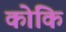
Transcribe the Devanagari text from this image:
कोकि